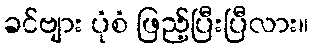
ခင်ဗျား ပုံစံ ဖြည့်ပြီးပြီလား။